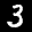
Label: 3